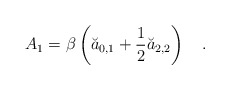
\begin{align*}A_1=\beta \left(\breve{a}_{0,1}+\frac 12 \breve{a}_{2,2}\right)~~~.\end{align*}